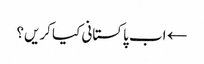
← اب پاکستانی کیا کریں؟